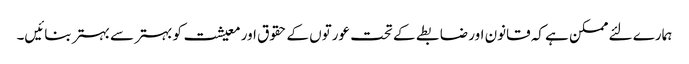
ہمارے لئے ممکن ہے کہ قانون اور ضابطے کے تحت عورتوں کے حقوق اور معیشت کو بہتر سے بہتر بنائیں۔